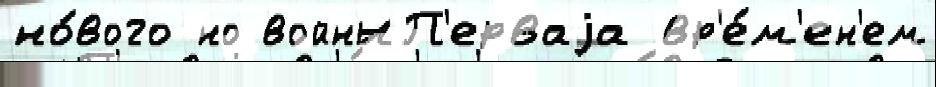
но́вого но войныП'ерваjа вр'е́м'ен'ем